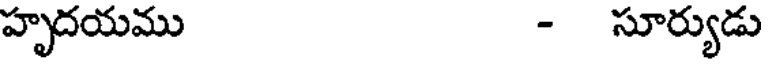
హృదయము - సూర్యుడు